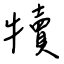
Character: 犢